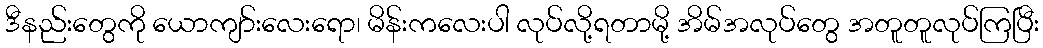
ဒီနည်းတွေကို ယောကျာ်းလေးရော၊ မိန်းကလေးပါ လုပ်လို့ရတာမို့ အိမ်အလုပ်တွေ အတူတူလုပ်ကြပြီး